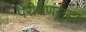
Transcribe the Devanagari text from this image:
परीक्षणसुद्धा